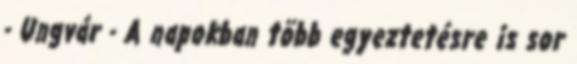
- Ungvár - A napokban több egyeztetésre is sor